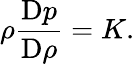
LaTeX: {\rho}\frac{\mathrm{D}p}{\mathrm{D}\rho}=K.